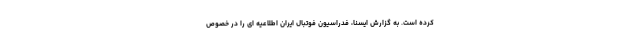
کرده است. به گزارش ایسنا، فدراسیون فوتبال ایران اطلاعیه ای را در خصوص